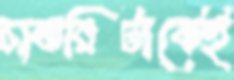
চাকরিটাকেই